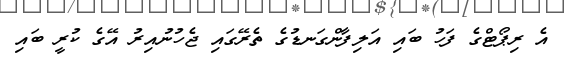
އެ ރިޕޯޓްގެ ފަހު ބައި އަލިފާންގަނޑުގެ ތެރޭގައި ޖެހުނުއިރު އޭގެ ކުރީ ބައި